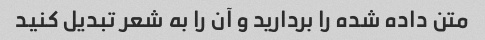
متن داده شده را بردارید و آن را به شعر تبدیل کنید